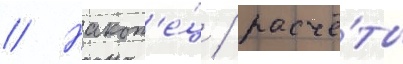
// Након'е́ц / расчё́ты